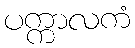
ပက္ကာလကံ